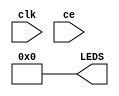
module counter (
  input clk,
  input ce,
  output [3:0] LEDS
);
    // TODO: delete this assignment once you write your own logic.
    assign LEDS = 4'd0;

    // TODO: Instantiate a reg net to count the number of cycles
    // required to reach one second. Note that our clock period is 8ns.
    // Think about how many bits are needed for your reg.

    // TODO: Instantiate a reg net to hold the current count,
    // and assign this value to the LEDS.

    // TODO: update the reg if clock is enabled (ce is 1).
    // Once the requisite number of cycles is reached, increment the count.
endmodule